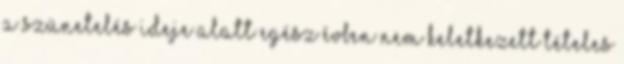
a szünetelés ideje alatt egész évben nem keletkezett tételes